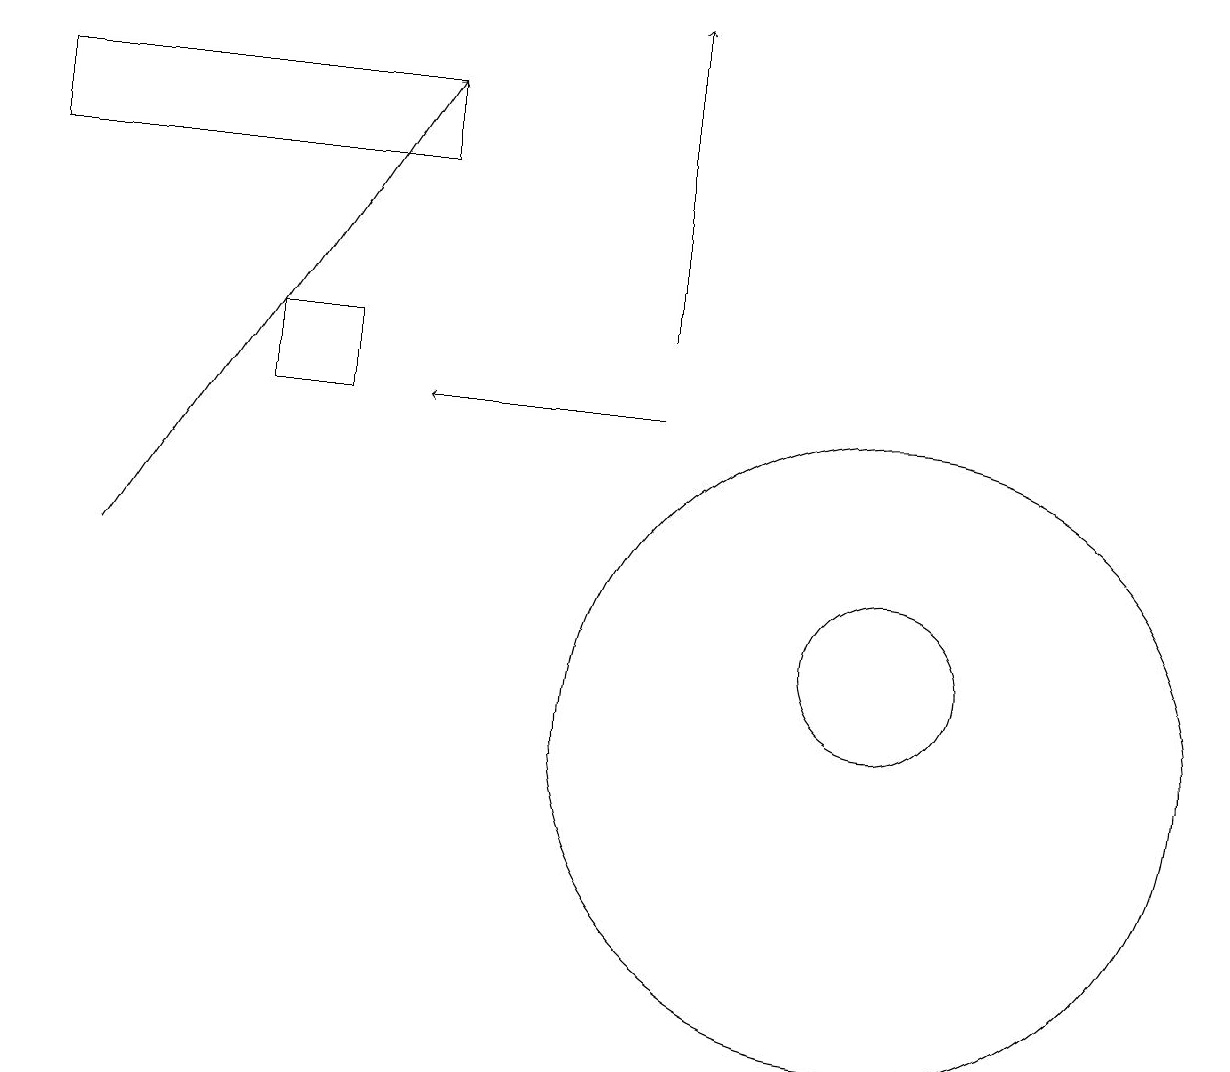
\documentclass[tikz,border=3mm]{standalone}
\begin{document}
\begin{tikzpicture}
\draw (4,15) rectangle (3,14);
\draw[->] (8,15) -- (8,19);
\draw[->] (8,14) -- (5,14);
\draw (11,11) circle (1);
\draw (11,10) circle (4);
\draw[->] (1,12) -- (5,18);
\draw (5,17) rectangle (0,18);
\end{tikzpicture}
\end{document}